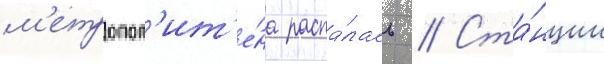
м'етропол'ит'е́на распа́лась // Ста́нции